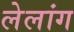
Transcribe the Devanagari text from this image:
लेलांग